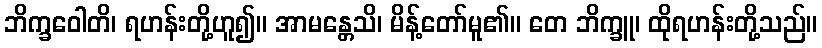
ဘိက္ခဝေါတိ၊ ရဟန်းတို့ဟူ၍။ အာမန္တေသိ၊ မိန့်တော်မူ၏။ တေ ဘိက္ခူ၊ ထိုရဟန်းတို့သည်။